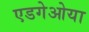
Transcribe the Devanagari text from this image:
एडगेओया